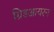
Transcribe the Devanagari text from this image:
ग्रिडआयरन